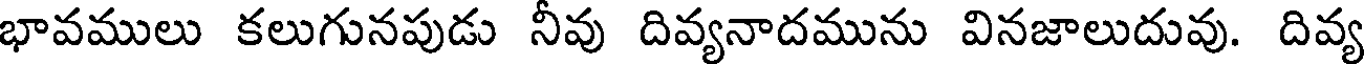
భావములు కలుగునపుడు నీవు దివ్యనాదమును వినజాలుదువు. దివ్య